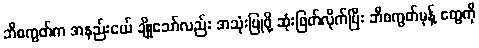
ဘီစကွတ်က အနည်းငယ် ချိုသော်လည်း အသုံးပြုဖို့ ဆုံးဖြတ်လိုက်ပြီး ဘီစကွတ်မုန့် တွေကို